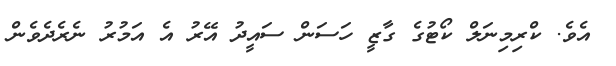
އެވެ. ކްރިމިނަލް ކޯޓުގެ ގާޒީ ހަސަން ސައީދު އޭރު އެ އަމުރު ނެރެދެވެން